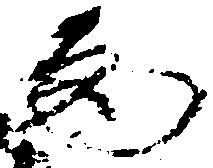
高